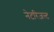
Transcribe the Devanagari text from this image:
नेटरिज़ल्ट